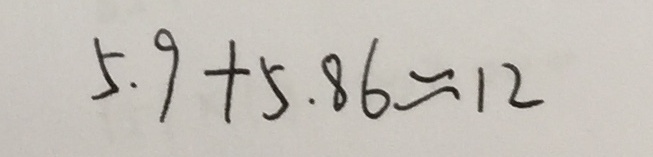
5 . 9 + 5 . 8 6 \approx 1 2